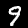
Label: 9